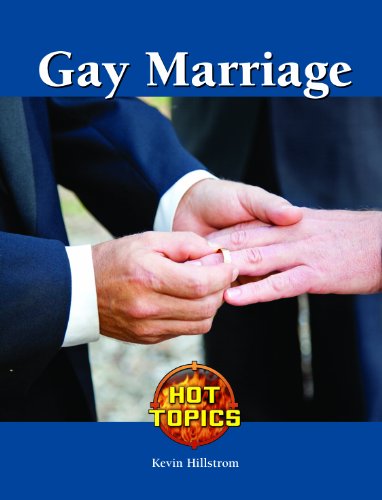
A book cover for Gay Marriage (Hot Topics); Kevin Hillstrom; Teen & Young Adult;